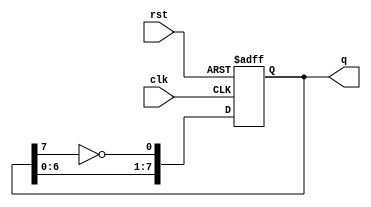
module johnson_counter (
    input wire clk,      // Clock input
    input wire rst,      // Reset input
    output reg [7:0] q   // 8-bit output
);

    // Sequential logic for the Johnson counter
    always @(posedge clk or posedge rst) begin
        if (rst) begin
            // Asynchronous reset to zero
            q <= 8'b00000000;
        end else begin
            // Shift logic for Johnson counter
            q[0] <= ~q[7]; // The inverted output of the last flip-flop
            q[1] <= q[0];
            q[2] <= q[1];
            q[3] <= q[2];
            q[4] <= q[3];
            q[5] <= q[4];
            q[6] <= q[5];
            q[7] <= q[6];
        end
    end

endmodule